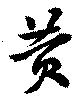
黄